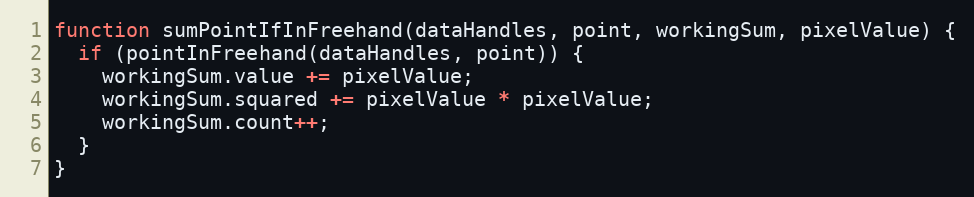
Language: JavaScript
function sumPointIfInFreehand(dataHandles, point, workingSum, pixelValue) {
  if (pointInFreehand(dataHandles, point)) {
    workingSum.value += pixelValue;
    workingSum.squared += pixelValue * pixelValue;
    workingSum.count++;
  }
}